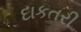
દાકતરી